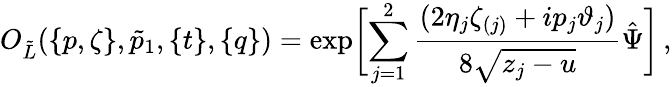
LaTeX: O_{\tilde{L}}(\{ p,\zeta\} ,\tilde{p}_{1},\{ t\} ,\{ q\} )=\exp\biggl[\sum_{j=1}^{2}\frac{(2\eta_{j}\zeta_{(j)}+ip_{j}\vartheta_{j})}{8\sqrt{z_{j}-u}}\hat{\Psi}\biggl]\, ,